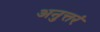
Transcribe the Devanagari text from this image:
अनुत्तरं